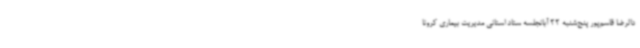
دالرضا قاسم‌پور پنج‌شنبه 22 آبانجلسه ستاد استانی مدیریت بیماری کرونا